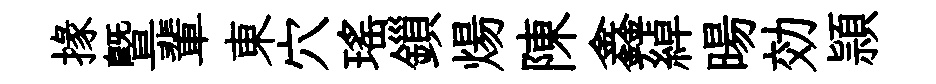
掾暨輩東穴瑶鎻煬陳鑫綽暘効頴